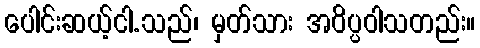
ပေါင်းဆယ့်ငါ.သည်၊ မှတ်သား အဝိပ္ပဝါသတည်း။